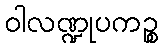
ဝါလဏ္ဍုပကဉ္စ